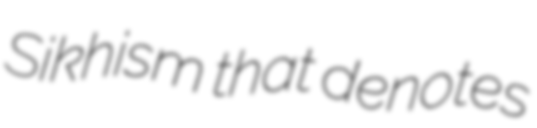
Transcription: Sikhism that denotes